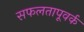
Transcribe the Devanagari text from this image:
सफलतापूवर्क